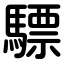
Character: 驃